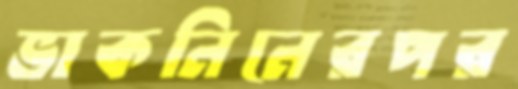
ভাকনিনেরপর